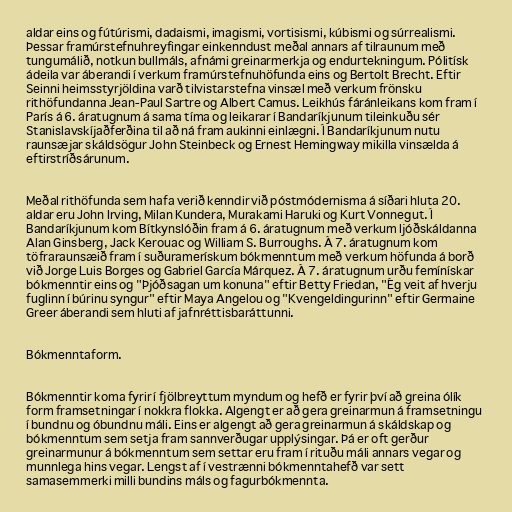
aldar eins og fútúrismi, dadaismi, imagismi, vortisismi, kúbismi og súrrealismi.
Þessar framúrstefnuhreyfingar einkenndust meðal annars af tilraunum með
tungumálið, notkun bullmáls, afnámi greinarmerkja og endurtekningum. Pólitísk
ádeila var áberandi í verkum framúrstefnuhöfunda eins og Bertolt Brecht. Eftir
Seinni heimsstyrjöldina varð tilvistarstefna vinsæl með verkum frönsku
rithöfundanna Jean-Paul Sartre og Albert Camus. Leikhús fáránleikans kom fram í
París á 6. áratugnum á sama tíma og leikarar í Bandaríkjunum tileinkuðu sér
Stanislavskíjaðferðina til að ná fram aukinni einlægni. Í Bandaríkjunum nutu
raunsæjar skáldsögur John Steinbeck og Ernest Hemingway mikilla vinsælda á
eftirstríðsárunum.

Meðal rithöfunda sem hafa verið kenndir við póstmódernisma á síðari hluta 20.
aldar eru John Irving, Milan Kundera, Murakami Haruki og Kurt Vonnegut. Í
Bandaríkjunum kom Bítkynslóðin fram á 6. áratugnum með verkum ljóðskáldanna
Alan Ginsberg, Jack Kerouac og William S. Burroughs. Á 7. áratugnum kom
töfraraunsæið fram í suðuramerískum bókmenntum með verkum höfunda á borð
við Jorge Luis Borges og Gabriel García Márquez. Á 7. áratugnum urðu femínískar
bókmenntir eins og "Þjóðsagan um konuna" eftir Betty Friedan, "Ég veit af hverju
fuglinn í búrinu syngur" eftir Maya Angelou og "Kvengeldingurinn" eftir Germaine
Greer áberandi sem hluti af jafnréttisbaráttunni.

Bókmenntaform.

Bókmenntir koma fyrir í fjölbreyttum myndum og hefð er fyrir því að greina ólík
form framsetningar í nokkra flokka. Algengt er að gera greinarmun á framsetningu
í bundnu og óbundnu máli. Eins er algengt að gera greinarmun á skáldskap og
bókmenntum sem setja fram sannverðugar upplýsingar. Þá er oft gerður
greinarmunur á bókmenntum sem settar eru fram í rituðu máli annars vegar og
munnlega hins vegar. Lengst af í vestrænni bókmenntahefð var sett
samasemmerki milli bundins máls og fagurbókmennta.